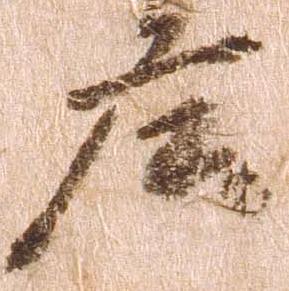
庄